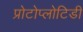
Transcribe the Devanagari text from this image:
प्रोटोप्लोटिडी